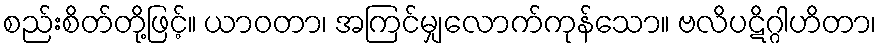
စည်းစိတ်တို့ဖြင့်။ ယာဝတာ၊ အကြင်မျှလောက်ကုန်သော။ ဗလိပဋိဂ္ဂါဟိတာ၊